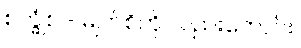
စက္ခုံစ - မျက်စိကို လည်းကောင်း၊